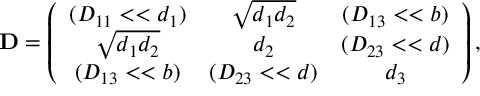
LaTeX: { \bf D } = \left( \begin{array} { c c c } { { ( D _ { 1 1 } < < d _ { 1 } ) } } & { { \sqrt { d _ { 1 } d _ { 2 } } } } & { { ( D _ { 1 3 } < < b ) } } \\ { { \sqrt { d _ { 1 } d _ { 2 } } } } & { { d _ { 2 } } } & { { ( D _ { 2 3 } < < d ) } } \\ { { ( D _ { 1 3 } < < b ) } } & { { ( D _ { 2 3 } < < d ) } } & { { d _ { 3 } } } \end{array} \right) ,